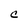
Character: C